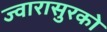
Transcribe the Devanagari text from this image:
ज्वारासुरकाे